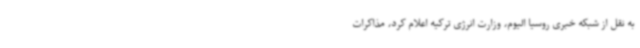
به نقل از شبکه خبری روسیا الیوم، وزارت انرژی ترکیه اعلام کرد، مذاکرات